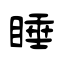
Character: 睡